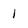
Character: 1